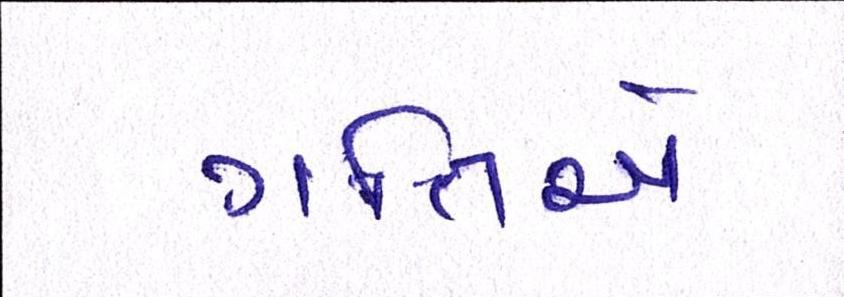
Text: ગતિએ